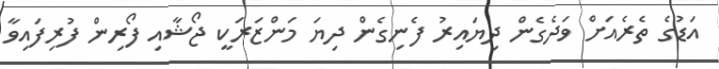
އަޑުގެ ތެރެއަށް ވަދެގެން ދިޔައިރު ފެނިގެން ދިޔަ މަންޒަރަކީ ޖޯޝާއި ފޯރިން ފުރިފައިވާ